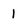
Character: 1